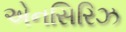
એનસિરિઝ